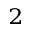
^ 2